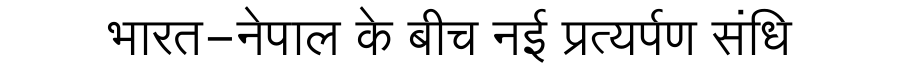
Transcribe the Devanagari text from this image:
भारत-नेपाल के बीच नई प्रत्यर्पण संधि